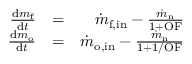
\begin{array} { r l r } { \frac { \mathrm { d } m _ { \mathrm { f } } } { \mathrm { d } t } } & { = } & { \dot { m } _ { \mathrm { f , i n } } - \frac { \dot { m } _ { \mathrm { n } } } { 1 + \mathrm { O F } } } \\ { \frac { \mathrm { d } m _ { \mathrm { o } } } { \mathrm { d } t } } & { = } & { \dot { m } _ { \mathrm { o , i n } } - \frac { \dot { m } _ { \mathrm { n } } } { 1 + 1 / \mathrm { O F } } } \end{array}